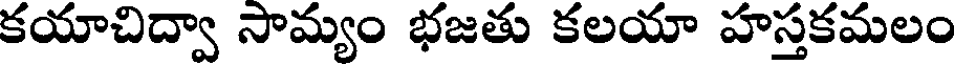
కయాచిద్వా సామ్యం భజతు కలయా హస్తకమలం